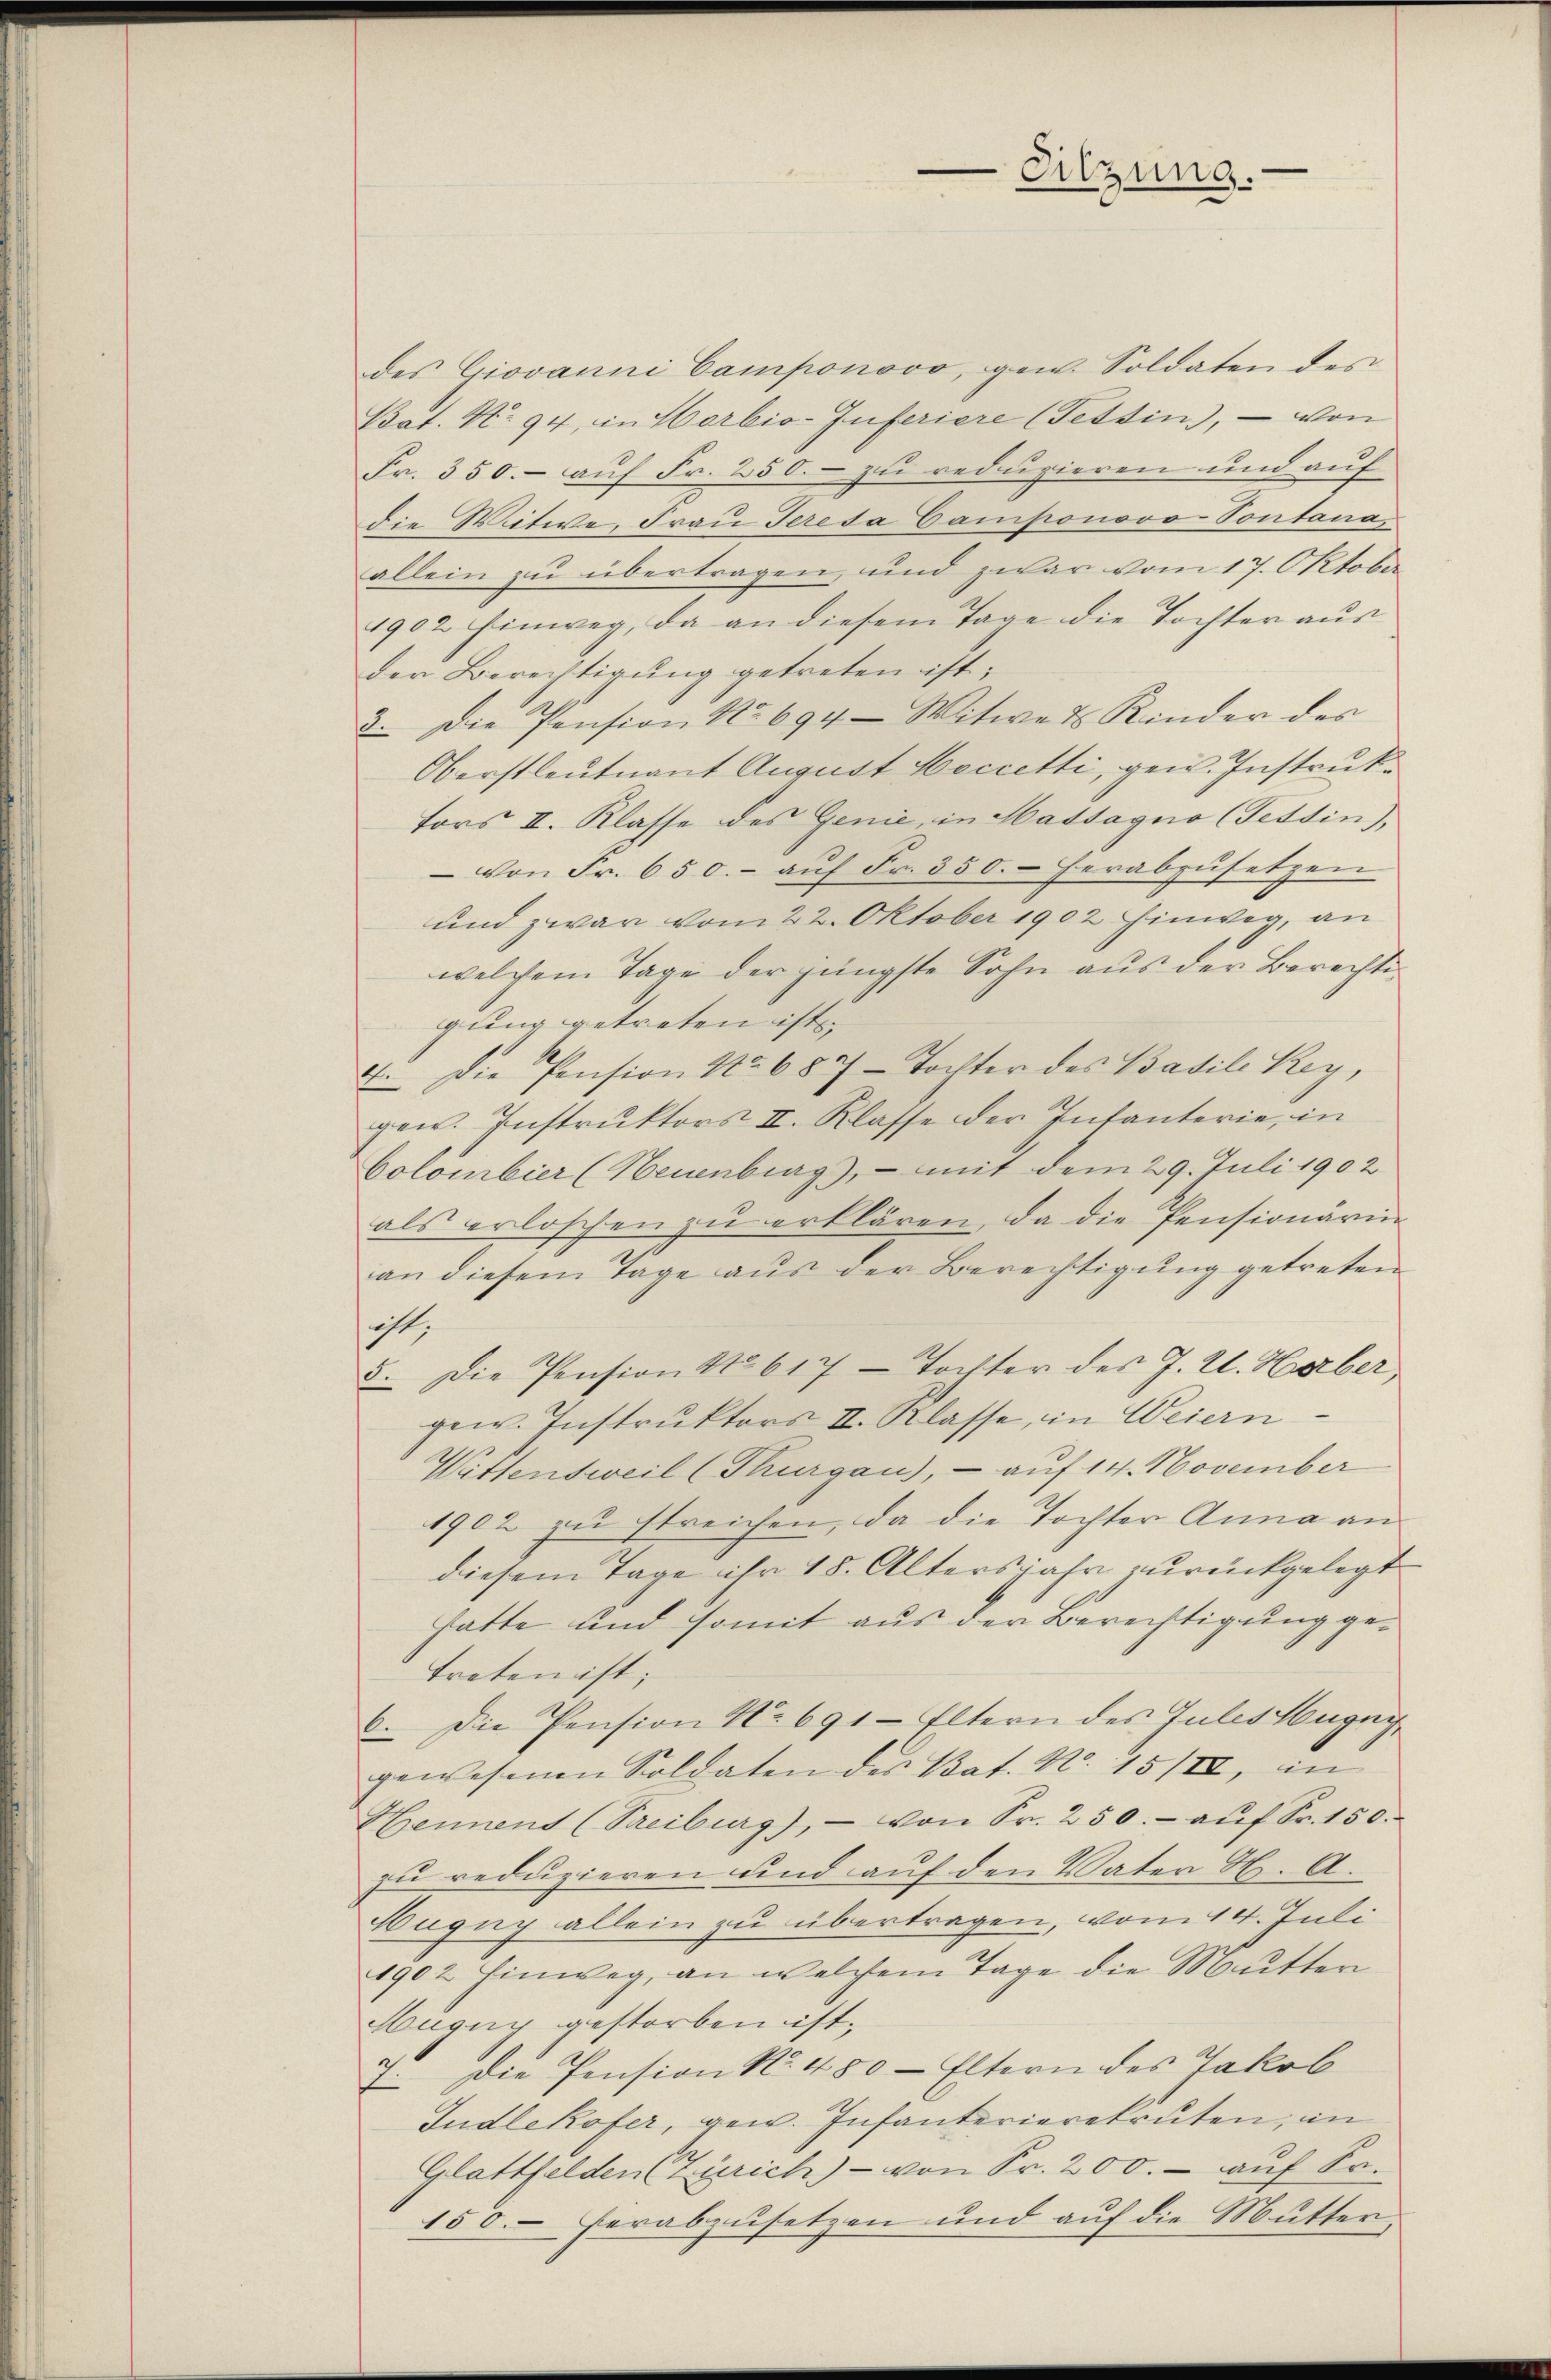
des Giovanni Camponovo, gew. Soldaten des
Bat. No 94, in Horbio-Inferiere (Tessin, - von
Fr. 350.- auf Fr. 250.- zu reduzieren und auf
die Witwe, Frau Teresa Gamponovo-Vontana,
allein zu übertragen, und zwar vom 17. Oktober
1902 hinweg, da an diesem Tage die Tochter aus
der Bereitigung getreten ist;
3. Die Pension No 694- Witwe ds Kinder des
Oberstleutnant August Meccetti, gew. Instruktors II. Klasse des Genie, in Hassagno (Tessin,
 von Fr. 650.- auf Fr. 350. herabzusetzen
und zwar vom 22. Oktober 1902 hinweg, an
welchem Tage der jüngste Sohn aus der Berechtigung getreten ist.
4. Die Pension No 687 - Tochter des Basili Key,
gen. Instruktors II. Klasse der Infanterie, in
Colombier (Neuenbrag), - mit dem 29. Juli 1902
als erloschen zu erklären, da die Pensionärin
an diesem Tage aus der Berechtigung getreten
ist,
5. Die Pension No 617 - Tochter des J. Cl. Horber
gew. Instruktors II. Klasse, in Weiern
Wittensweil (Thurgau), - auf 14. November
1902 zu streichen, da die Tochter Anna an
diesem Tage ihr 18. Altersjahr zurückgelegt
hatte und somit aus der Berechtigung getreten ist;
6. Die Pension No 691-Eltern des Jules Magnif
gewesenen Soldaten des Bat. N. 15/II, in
Hennent (Treiburg), - von Fr. 250.- aŭf Fr. 150.
zu reduzieren und auf den Vater K. A.
Hugny allein zu übertragen, vom 14. Juli
4902 hinweg, an welchem Tage die Mutter
Hugug gestorben ist.
7. Die Pension No. 480 - Eltern des Jakob
Gudlekofer, gew. Infanterierekruten, in
Glattfelden (Zürich) - von Fr. 200. - auf Sr.
150. herabzusetzen und auf die Mutter,

Sitzung.